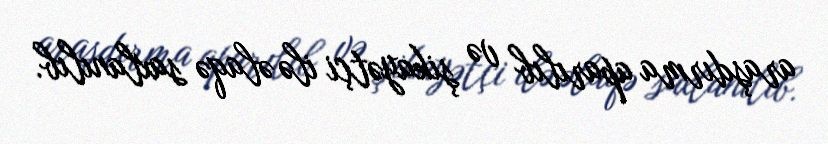
araşdırma aparılıb və şikayətçi ilə əlaqə saxlanılıb.